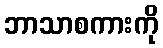
ဘာသာစကားကို